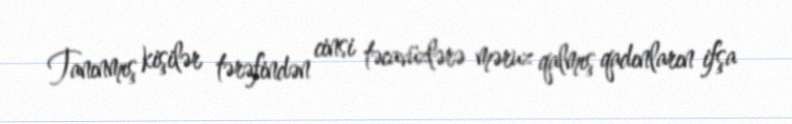
Tanınmış kişilər tərəfindən cinsi təcavüzlərə məruz qalmış qadınların ifşa